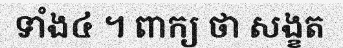
ទាំង៤ ។ ពាក្យ ថា សង្ខត